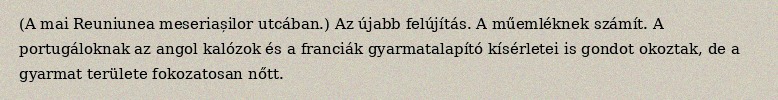
(A mai Reuniunea meseriașilor utcában.) Az újabb felújítás. A műemléknek számít. A portugáloknak az angol kalózok és a franciák gyarmatalapító kísérletei is gondot okoztak, de a gyarmat területe fokozatosan nőtt.